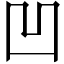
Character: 凹